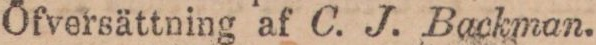
Öfversättning af C. J. Backman.